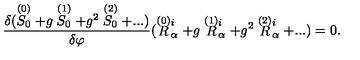
{ \frac { \delta ( \stackrel { ( 0 ) } { S _ { 0 } } + g \stackrel { ( 1 ) } { S _ { 0 } } + g ^ { 2 } \stackrel { ( 2 ) } { S _ { 0 } } + . . . ) } { \delta \varphi } } ( \stackrel { \smash { ( 0 ) } } { R } _ { \alpha } ^ { i } + g \stackrel { \smash { ( 1 ) } } { R } _ { \alpha } ^ { i } + g ^ { 2 } \stackrel { \smash { ( 2 ) } } { R } _ { \alpha } ^ { i } + . . . ) = 0 .